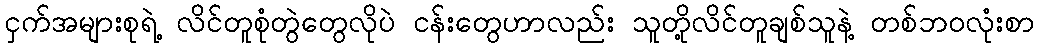
ငှက်အများစုရဲ့ လိင်တူစုံတွဲတွေလိုပဲ ငန်းတွေဟာလည်း သူတို့လိင်တူချစ်သူနဲ့ တစ်ဘဝလုံးစာ